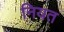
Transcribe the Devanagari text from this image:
नियत